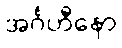
အင်္ဂဟီနော